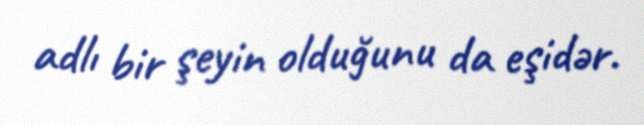
adlı bir şeyin olduğunu da eşidər.